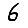
Digit: 6